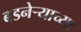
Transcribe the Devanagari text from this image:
बडनेर्‍याच्या